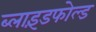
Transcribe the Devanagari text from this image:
ब्लाइंडफोल्ड